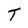
Character: T